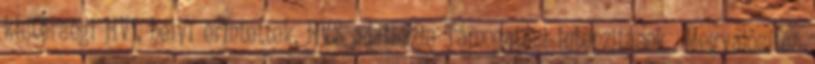
kistérségi HVI, helyi érintettek, HVS adatbázis Támogatási intenzitások ▪Megvalósítás